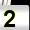
Digit: 2